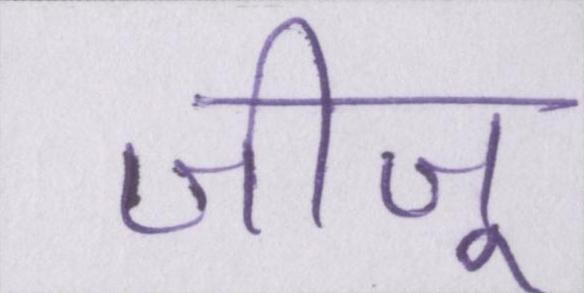
जीजू